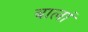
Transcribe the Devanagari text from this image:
बालां